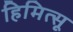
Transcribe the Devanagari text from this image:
हिमित्सू